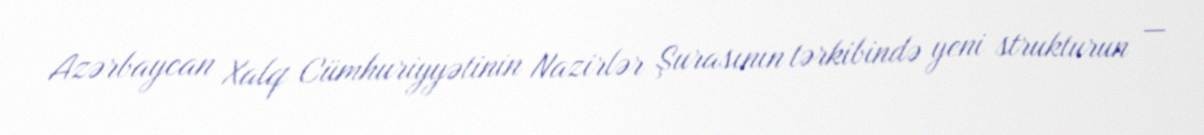
Azərbaycan Xalq Cümhuriyyətinin Nazirlər Şurasının tərkibində yeni strukturun —